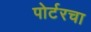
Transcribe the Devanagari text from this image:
पोर्टरचा